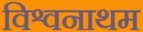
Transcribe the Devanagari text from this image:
विश्वनाथम